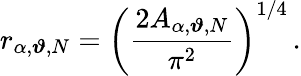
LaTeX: r_{\alpha,\boldsymbol{\vartheta},N}=\left(\frac{2A_{\alpha,\boldsymbol{\vartheta},N}}{\pi^{2}}\right)^{1/4}\, .